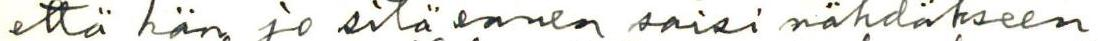
että hän jo sitä ennen saisi nähdäkseen